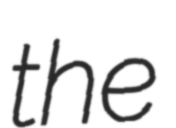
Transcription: the